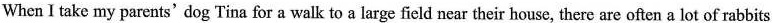
When I take my parents' dog Tina for a walk to a large field near their house, there are often a lot of rabbits